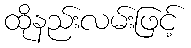
ထိုနည်းလမ်းဖြင့်